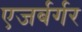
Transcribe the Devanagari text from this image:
एजर्बर्गर